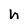
Character: h